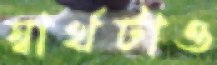
স্বার্থটাও